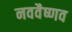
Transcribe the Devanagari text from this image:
नववैष्णव